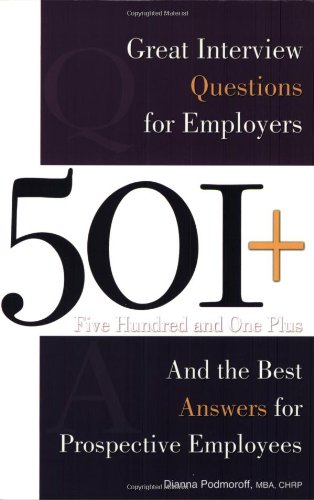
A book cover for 501+ Great Interview Questions For Employers and the Best Answers for Prospective Employees; Dianna Podmoroff; Business & Money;